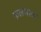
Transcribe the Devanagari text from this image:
फलशाक